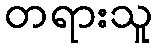
တရားသူ